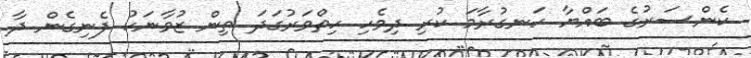
ކެންސަރުގެ ބައްޔާ ހަނގުރާމަ ކުރި ދިވެހި ހިތްވަރުގަދަ ތިން ޒުވާނަކު ފެނިގެން ދާ